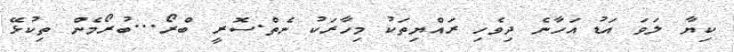
ކިޔާ ލަވަ އަޑު އަހާނެ ދިވެހި ރައްޔިތަކު މިހާރަކު ނެތް.ސޮރީ ބްރޯ...ބުރޯމެން ތިކުޅޭ